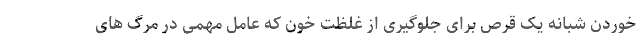
خوردن شبانه یک قرص برای جلوگیری از غلظت خون که عامل مهمی در مرگ های